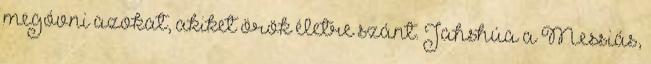
megóvni azokat, akiket örök életre szánt. Jahshúa a Messiás,